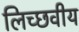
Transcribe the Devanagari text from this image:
लिच्छवीय